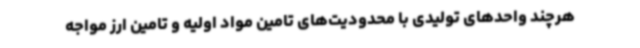
هرچند واحدهای تولیدی با محدودیت‌های تامین مواد اولیه و تامین ارز مواجه